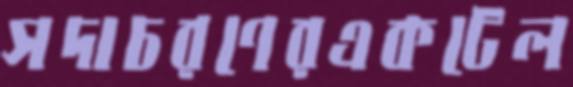
সদাচরণেরএকটেল